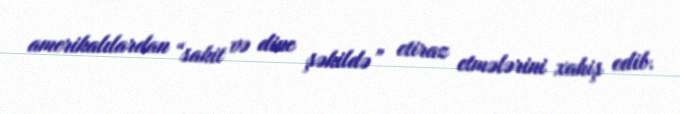
amerikalılardan “sakit və dinc şəkildə” etiraz etmələrini xahiş edib.